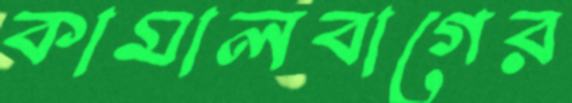
কামালবাগের